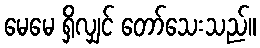
မေမေ ရှိလျှင် တော်သေးသည်။